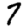
Digit: 7